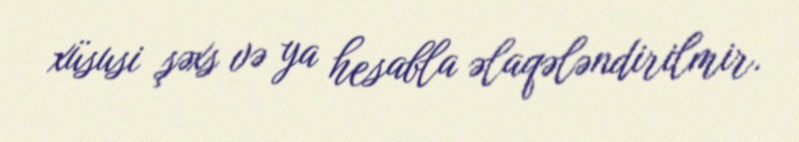
xüsusi şəxs və ya hesabla əlaqələndirilmir.